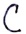
Text: C